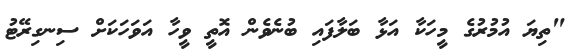
"ތިޔަ އުމުރުގެ މީހަކާ އަޅާ ބަލާފައި ބުނެވެން އޮތީ ވީހާ އަވަހަކަށް ސިނގިރޭޓު